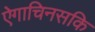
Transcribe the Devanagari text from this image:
ऐगाचिनसकि